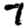
Digit: 7